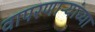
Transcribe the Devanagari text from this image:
वापरणाऱ्यांच्या